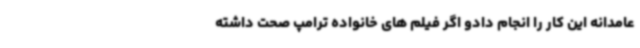
عامدانه این کار را انجام دادو اگر فیلم های خانواده ترامپ صحت داشته